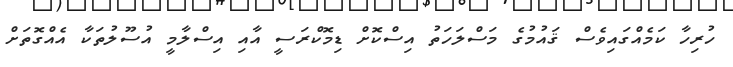
ހުރިހާ ކަމެއްގައިވެސް ޤައުމުގެ މަސްލަހަތު އިސްކޮށް ޑިމޮކްރަސީ އާއި އިސްލާމީ އުސޫލުތަކާ އެއްގޮތަށް